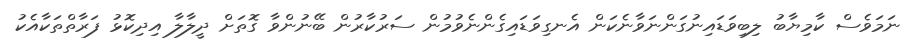
ނަމަވެސް ކާމިޔާބު ލިބިވަޑައިނުގަންނަވާނެކަން އެނގިވަޑައިގެންނެވުމުން ސަރުކާރުން ބޭނުންވާ ގޮތަށް ދީލާލާ އިދިކޮޅު ފަރާތްތަކާއެކު